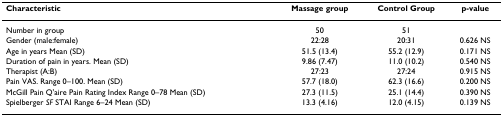
<table><thead><tr><td><b>Characteristic</b></td><td><b>Massage group</b></td><td><b>Control Group</b></td><td><b>p-value</b></td></tr></thead><tbody><tr><td>Number in group</td><td>50</td><td>51</td><td></td></tr><tr><td>Gender (male:female)</td><td>22:28</td><td>20:31</td><td>0.626 NS</td></tr><tr><td>Age in years Mean (SD)</td><td>51.5 (13.4)</td><td>55.2 (12.9)</td><td>0.171 NS</td></tr><tr><td>Duration of pain in years. Mean (SD)</td><td>9.86 (7.47)</td><td>11.0 (10.2)</td><td>0.540 NS</td></tr><tr><td>Therapist (A:B)</td><td>27:23</td><td>27:24</td><td>0.915 NS</td></tr><tr><td>Pain VAS. Range 0–100. Mean (SD)</td><td>57.7 (18.0)</td><td>62.3 (16.6)</td><td>0.200 NS</td></tr><tr><td>McGill Pain Q&#x27;aire Pain Rating Index Range 0–78 Mean (SD)</td><td>27.3 (11.5)</td><td>25.1 (14.4)</td><td>0.390 NS</td></tr><tr><td>Spielberger <i>SF </i>STAI Range 6–24 Mean (SD)</td><td>13.3 (4.16)</td><td>12.0 (4.15)</td><td>0.139 NS</td></tr></tbody></table>